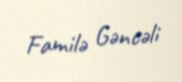
Familə Gəncəli